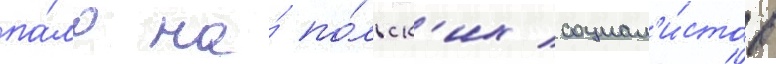
па́ло на́ по́льск'их социал'и́стов